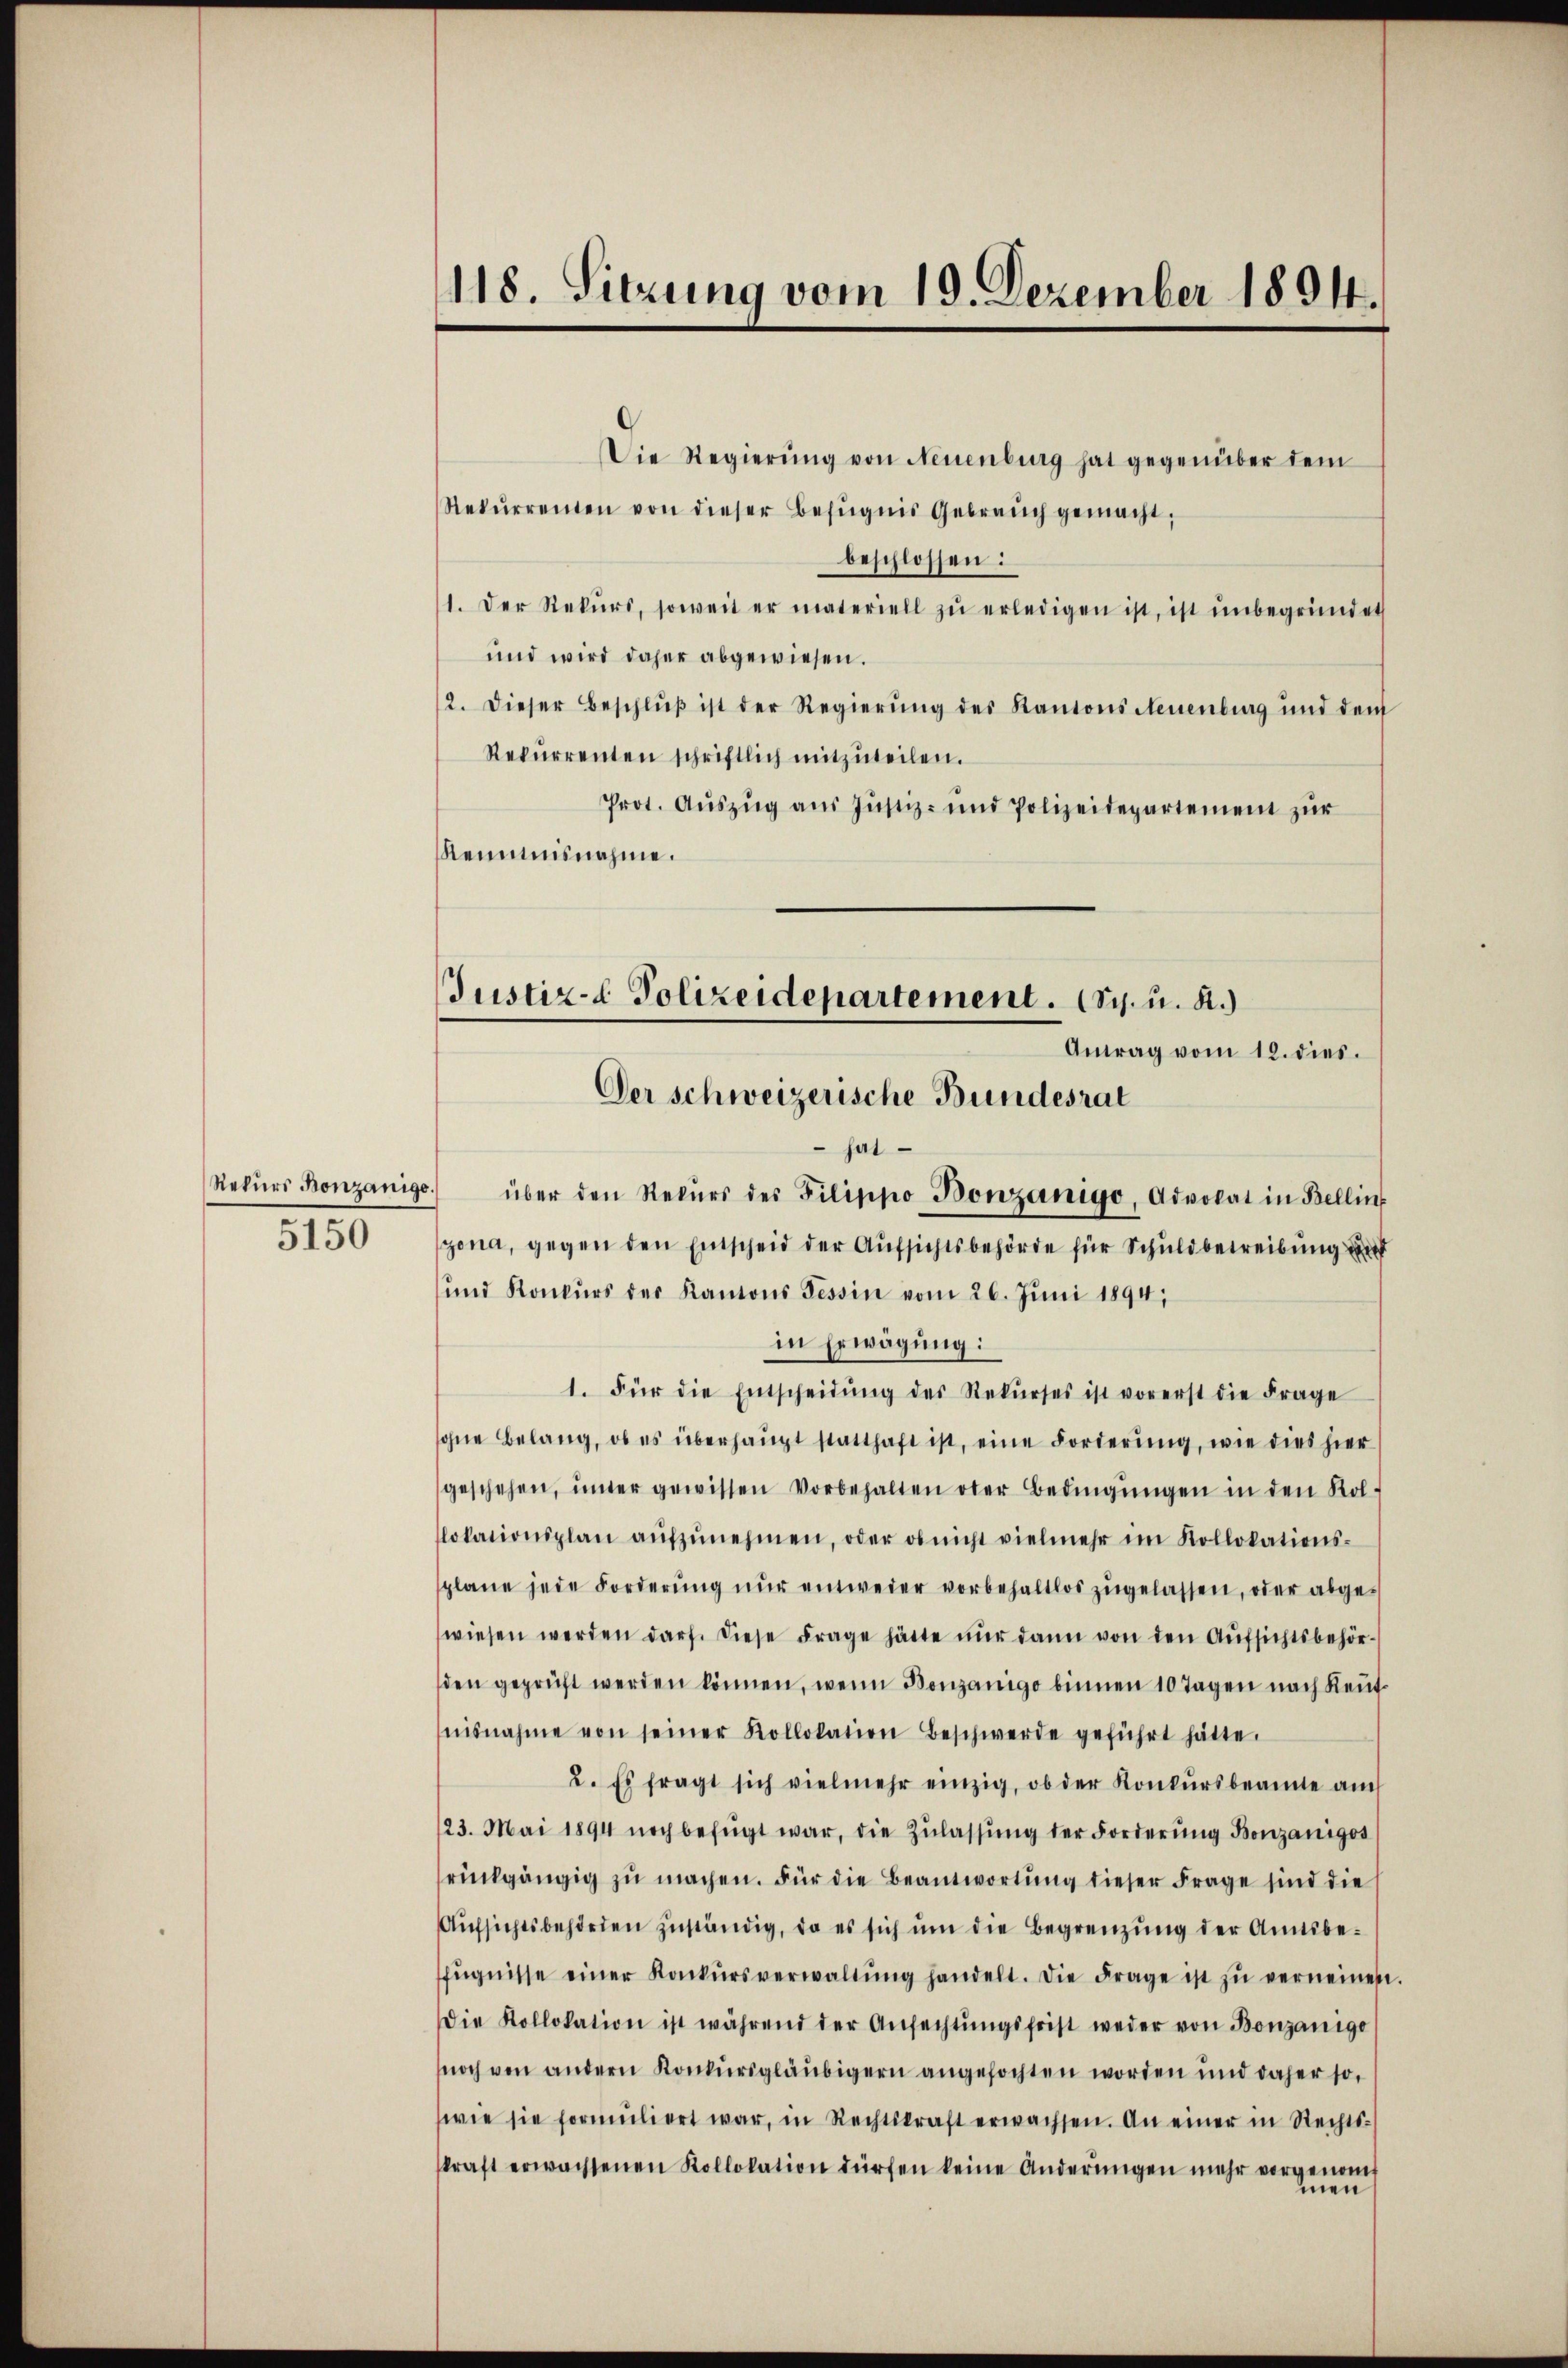
5150

118. Sitzung vom 19. Dezember 1894.

Die Regierŭng von Neuenburg hat gegenüber dem
Rekŭrrenten von dieser Befugnis Gebrauch gemacht,
beschlossen:
1. Der Rekŭrs, soweit er materiell zŭ erledigen ist, ist ŭnbegründet
und wird daher abgewiesen.
2. dieser Beschlŭβ ist der Regierŭng des Kantons Neuenburg und dem
Rekŭrrenten schriftlich mitzŭteilen.
Prot. Auszug aus Justiz- und Polizeidepartement zur
Reimnisnahme.

Justiz- & Polizeidepartement. (Sch. u. R.)
Antrag vom 12. dies.
Der schweizerische Bundesrat

hat
Nekŭrs Konzänigs über den Rekŭrs des Filippo Bonzanigo, Advokat in Bellin
gona, gegen den Einscheid der Aufsichtsbehörde für Schuldbetreibung und
und Konkŭrs des Kantons Tessin vom 26. Juni 1894,
in Erwägung:
1. Für die Entscheidŭng des Rekŭrses ist vorerst die Frage
ohne Belang, ob es überhaŭpt statthaft ist, eine Forderŭng, wie dies hier
geschehen, ŭnter gewissen Vorbehalten oder Bedingŭngen in den Kol-
lokationsplan aŭfzŭnehmen, oder ob nicht vielmehr im Kollokations-
plane jede Forderŭng nŭr einweder vorbehaltlos zŭgelassen, oder abge-
wiesen werden darf. Diese Frage hätte nŭr dann von den Aŭfsichtsbehör-
den geprüft werden können, wenn Bonzanigo binnen 10 Tagen nach Kent
nisnahme von seiner Kollokation Beschwerde geführt hätte.
2. Es fragt sich vielmehr einzig, ob der Konkŭrsbeamte au
123. Mai 1894 noch befügt war, die Zŭlassŭng der Forderŭng Bonzanigos
rückgängig zu machen. Für die Beantwortung dieser Frage sind die
Aŭfsichtsbehörden zuständig, da es sich ŭm die Begrenzung der Amtsbeffŭgnisse einer Konkŭrsverwaltŭng handelt. Die Frage ist zŭ verneinen.
Die Kollokation ist während der Anfechtŭngsfrist weder von Bonzanige
snoch von andern Konkŭrsgläubigern angefochten worden und daher so,
wie sie formŭliert war, in Rechtskraft erwachsen. An einer in Rechts-
skraft erwachsenen Kollokation dürfen keine Anderŭngen mehr vorgenom
men